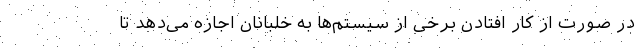
در صورت از کار افتادن برخی از سیستم‌ها به خلبانان اجازه می‌دهد تا